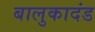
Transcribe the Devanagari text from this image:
बालुकादंड